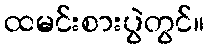
ထမင်းစားပွဲတွင်။